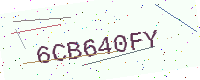
Text: 6CB640FY